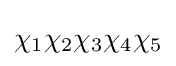
\chi _{1}\chi _{2}\chi _{3}\chi _{4}\chi _{5}